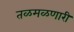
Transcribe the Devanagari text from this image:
तळमळणारी